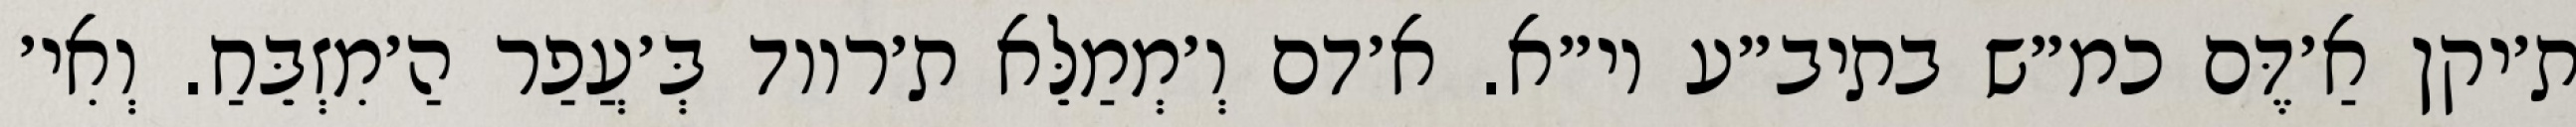
ת׳יקן אַ׳דֶּם כמ״ש בתיב״ע וי״א. א׳דם וְ׳מְמַלֵּא ת׳רווד בְּ׳עֲפַר הַ׳מִזְבֵּחַ. וְאִי׳